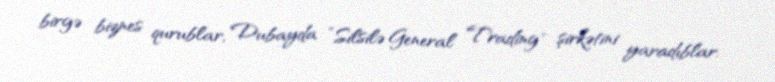
birgə biznes qurublar, Dubayda ”Silsilə General Trading" şirkətini yaradıblar.